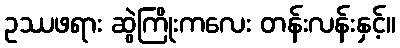
ဥဿဖရား ဆွဲကြိုးကလေး တန်းလန်းနှင့်။